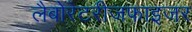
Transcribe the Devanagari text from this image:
लैबोरेटरीजफाइजर